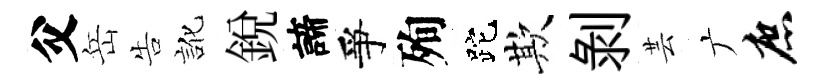
父岳告訛銳諦爭殉跎欺剥芸广庶